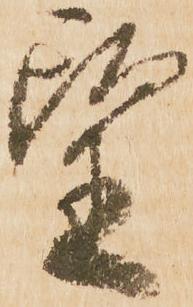
望